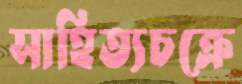
সাহিত্যচক্রে